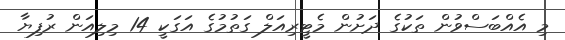
މި އެއްބަސްވުން ތަކުގެ ދަށުން މެޓީރިއަލް ގަތުމުގެ އަގަކީ 14 މިލިއަން ރުފިޔާ